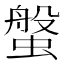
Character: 螌